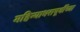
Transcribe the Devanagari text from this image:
महिन्याभरापूर्वीच्या